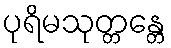
ပုရိမသုတ္တန္တေ